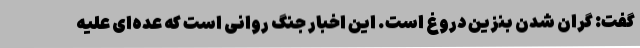
گفت: گران شدن بنزین دروغ است. این اخبار جنگ روانی است که عده‌ای علیه